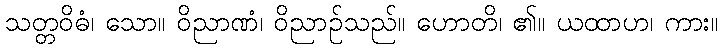
သတ္တဝိဓံ၊ သော။ ဝိညာဏံ၊ ဝိညာဉ်သည်။ ဟောတိ၊ ၏။ ယထာဟ၊ ကား။